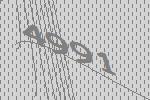
4991